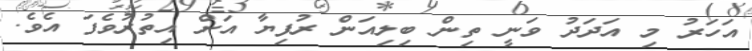
އަހަރު މި އަދަދު ވަނީ ތިން ބިލިއަން ރުފިޔާ އަށް އިތުރުވެފަ އެވެ.